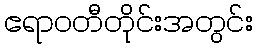
ဧရာဝတီတိုင်းအတွင်း